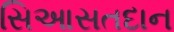
સિઆસતદાન